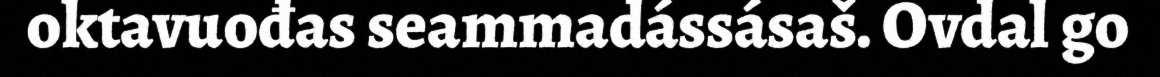
oktavuođas seammadássásaš. Ovdal go